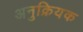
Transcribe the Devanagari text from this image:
अनुक्रियक